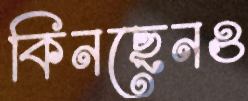
কিনছেনও